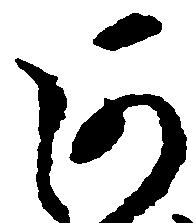
河